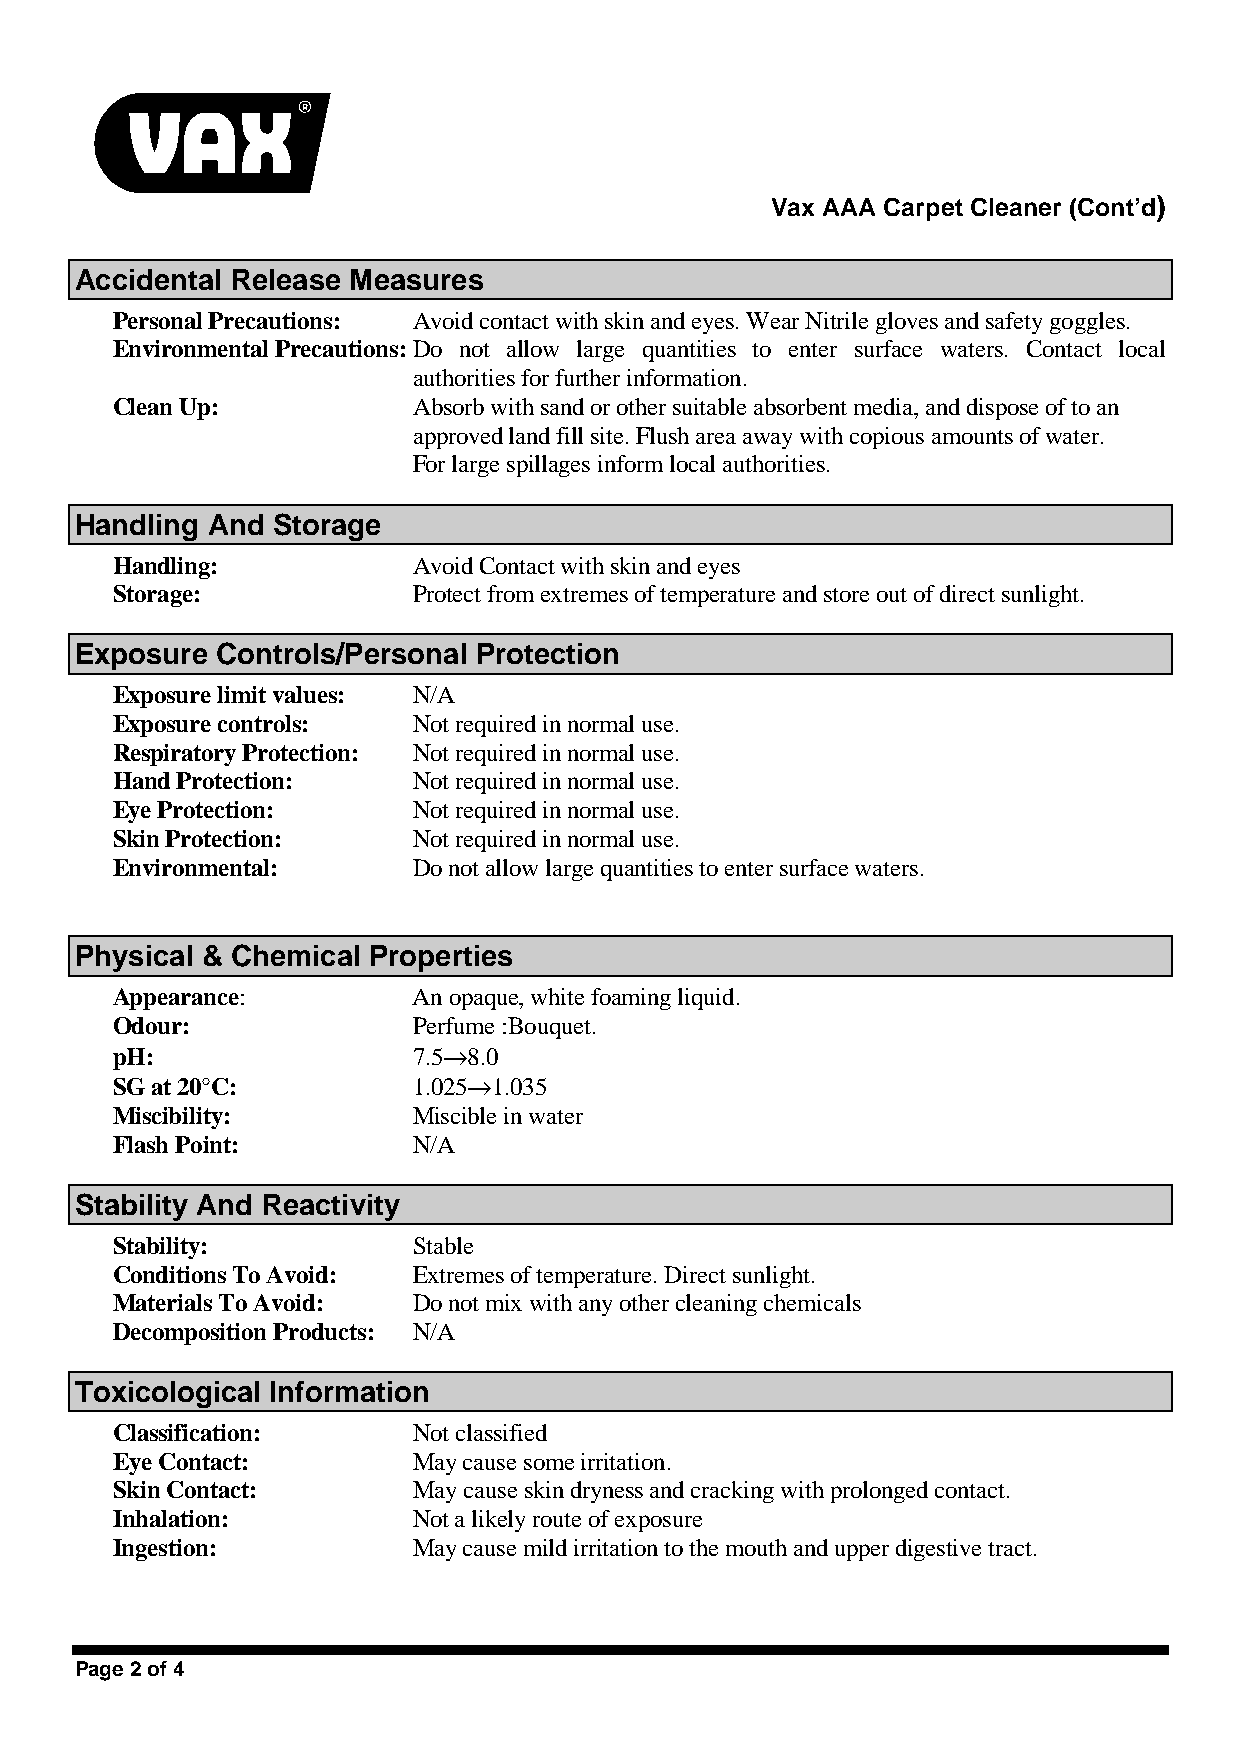
Vax AAA Carpet Cleaner (Cont’d)
 Accidental Release Measures
 Personal Precautions: Avoid contact with skin and eyes. Wear Nitrile gloves and safety goggles.
 Environmental Precautions:Do not allow large quantities to enter surface waters. Contact local
 authorities for further information.
 Clean Up:           Absorb with sand or other suitable absorbent media, and dispose of to an
 approved land fill site. Flush area away with copious amounts of water.
 For large spillages inform local authorities.
 Handling And Storage
 Handling:           Avoid Contact with skin and eyes
 Storage:            Protect from extremes of temperature and store out of direct sunlight.
 Exposure Controls/Personal Protection
 Exposure limit values: N/A
 Exposure controls:  Not required in normal use.
 Respiratory Protection: Not required in normal use.
 Hand Protection:    Not required in normal use.
 Eye Protection:     Not required in normal use.
 Skin Protection:    Not required in normal use.
 Environmental:      Do not allow large quantities to enter surface waters.
 Physical & Chemical Properties
 Appearance:         An opaque, white foaming liquid.
 Odour:              Perfume :Bouquet.
 pH:                 7.5→8.0
 SG at 20°C:         1.025→1.035
 Miscibility:        Miscible in water
 Flash Point:        N/A
 Stability And Reactivity
 Stability:          Stable
 Conditions To Avoid: Extremes of temperature. Direct sunlight.
 Materials To Avoid: Do not mix with any other cleaning chemicals
 Decomposition Products: N/A
 Toxicological Information
 Classification:     Not classified
 Eye Contact:        May cause some irritation.
 Skin Contact:       May cause skin dryness and cracking with prolonged contact.
 Inhalation:         Not a likely route of exposure
 Ingestion:          May cause mild irritation to the mouth and upper digestive tract.
 Page 2 of 4